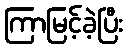
ကြာမြင့်ခဲ့ပြီး